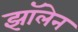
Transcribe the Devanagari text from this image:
झॉलेन